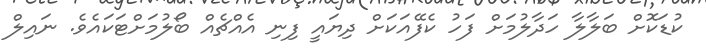
ކުޑަކޮށް ބަލާލާ ހަދާލުމަށް ފަހު ކެފޭއަކަށް ދިޔައީ ފިނި އެއްޗެއް ބޯލުމަށްޓަކައެވެ. ނައިލް